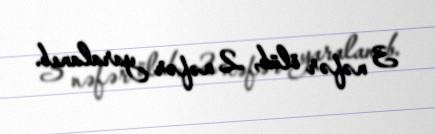
3 nəfər ölüb, 2 nəfər yaralanıb.